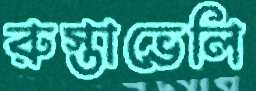
রুস্তাভেলি